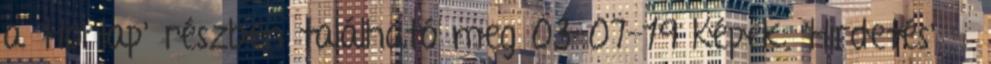
a 'Honlap' részben található meg 03-07-19 Képek: 'Hirdetés' »